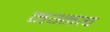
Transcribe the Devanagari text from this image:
नग्नत्व